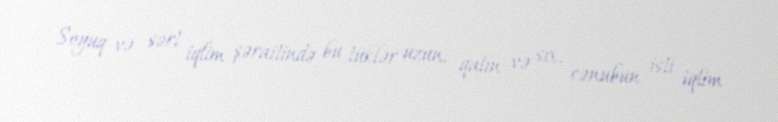
Soyuq və sərt iqlim şəraitində bu tüklər uzun, qalın və sıx, cənubun isti iqlim